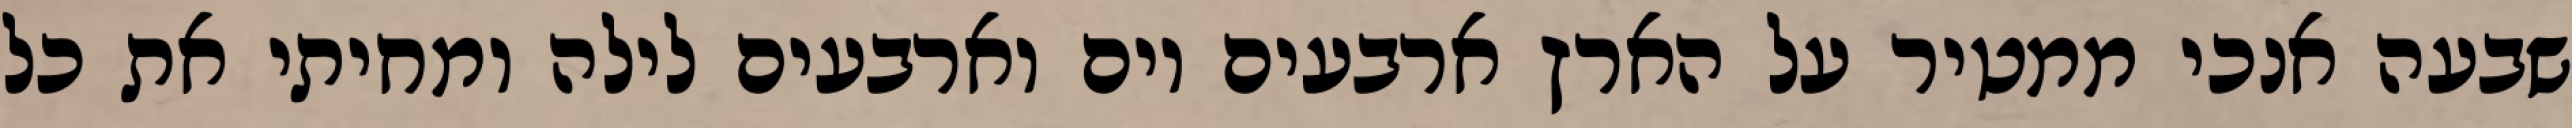
שבעה אנכי ממטיר על הארץ ארבעים יום וארבעים לילה ומחיתי את כל